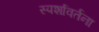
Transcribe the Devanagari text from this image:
स्पर्शावर्तना